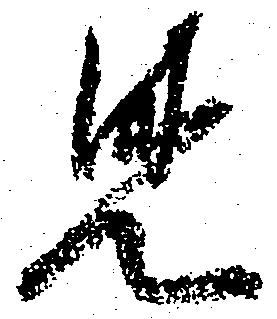
見